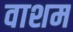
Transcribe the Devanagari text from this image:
वाशम